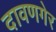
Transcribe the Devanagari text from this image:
दावणगेर